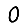
Digit: 0